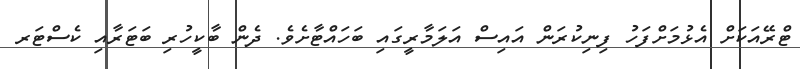
ޓްރޭއަކަށް އެޅުމަށްފަހު ފިނިކުރަން އައިސް އަލަމާރީގައި ބަހައްޓާށެވެ. ދެން ބާކީހުރި ބަޓަރާއި ކެސްޓަރ